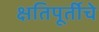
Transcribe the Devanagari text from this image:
क्षतिपूर्तीचे